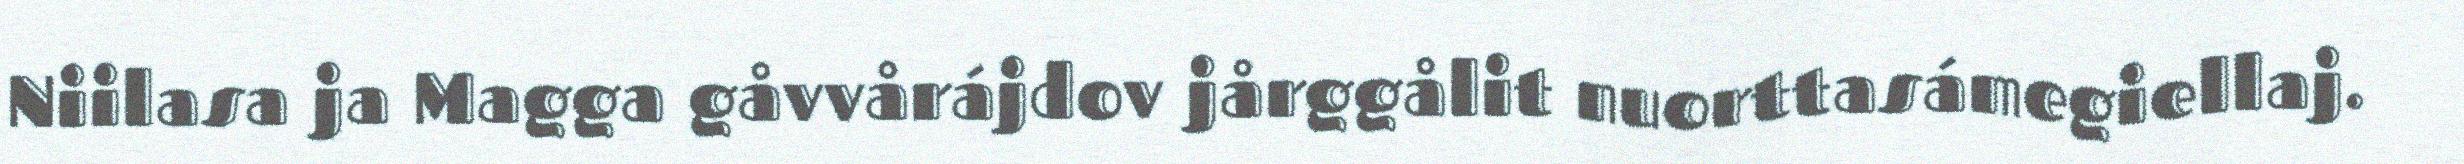
Niilasa ja Magga gåvvårájdov jårggålit nuorttasámegiellaj.